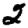
Digit: 2